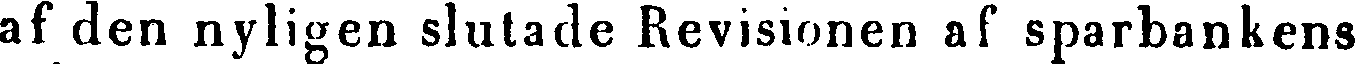
af den nyligen slutade Revisionen af sparbankens